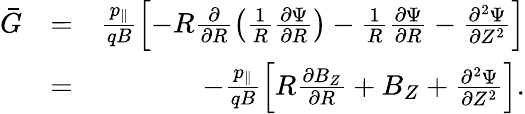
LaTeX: \begin{array}{rlr}{\bar{G}}&{=}&{\frac{p_{\| }}{qB}\left[-R\frac{\partial}{\partial R}\left(\frac{1}{R}\frac{\partial\Psi}{\partial R}\right)-\frac{1}{R}\frac{\partial\Psi}{\partial R}-\frac{\partial^{2}\Psi}{\partial Z^{2}}\right]}\\ &{=}&{-\frac{p_{\| }}{qB}\left[R\frac{\partial B_{Z}}{\partial R}+B_{Z}+\frac{\partial^{2}\Psi}{\partial Z^{2}}\right].}\end{array}